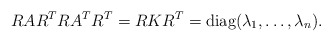
\begin{align*}RAR^TRA^TR^T=RKR^T=\textrm{diag}(\lambda_1,\dots,\lambda_n).\end{align*}